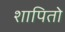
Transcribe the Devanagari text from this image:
शापितो